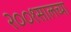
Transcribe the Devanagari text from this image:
२००१सालच्या